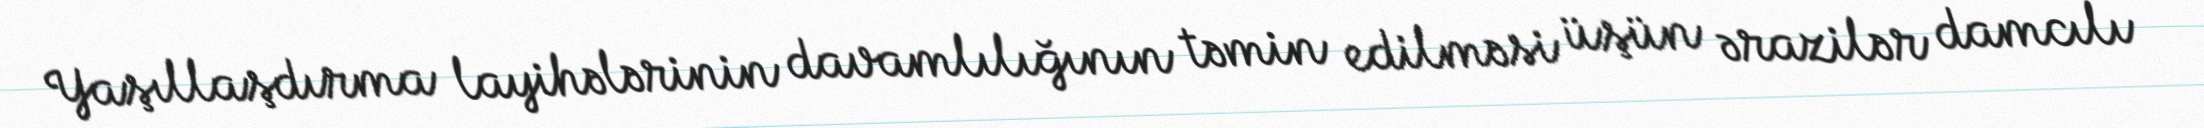
Yaşıllaşdırma layihələrinin davamlılığının təmin edilməsi üşün ərazilər damcılı